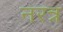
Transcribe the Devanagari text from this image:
नरत्र